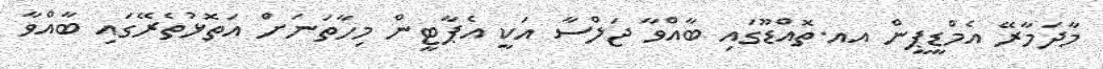
މާދަމާރޭ އެމްޑީޕީން އއ.ތޮއްޑޫގައި ބާއްވާ ޖަލްސާ އަކީ އެޕާޓީން މިހާތަނަށް އަތޮޅުތެރޭގައި ބާއްވާ